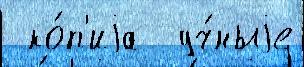
 ко́п'иjа  уч́ныjе